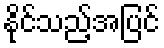
နိုင်သည့်အပြင်